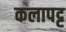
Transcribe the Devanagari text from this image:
कलापट्ट